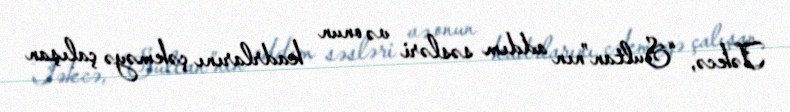
Təkcə, “Sultan”nın addım səsləri və onun kadrlarını çəkməyə çalışan